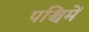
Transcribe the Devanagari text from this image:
पश्चिमें